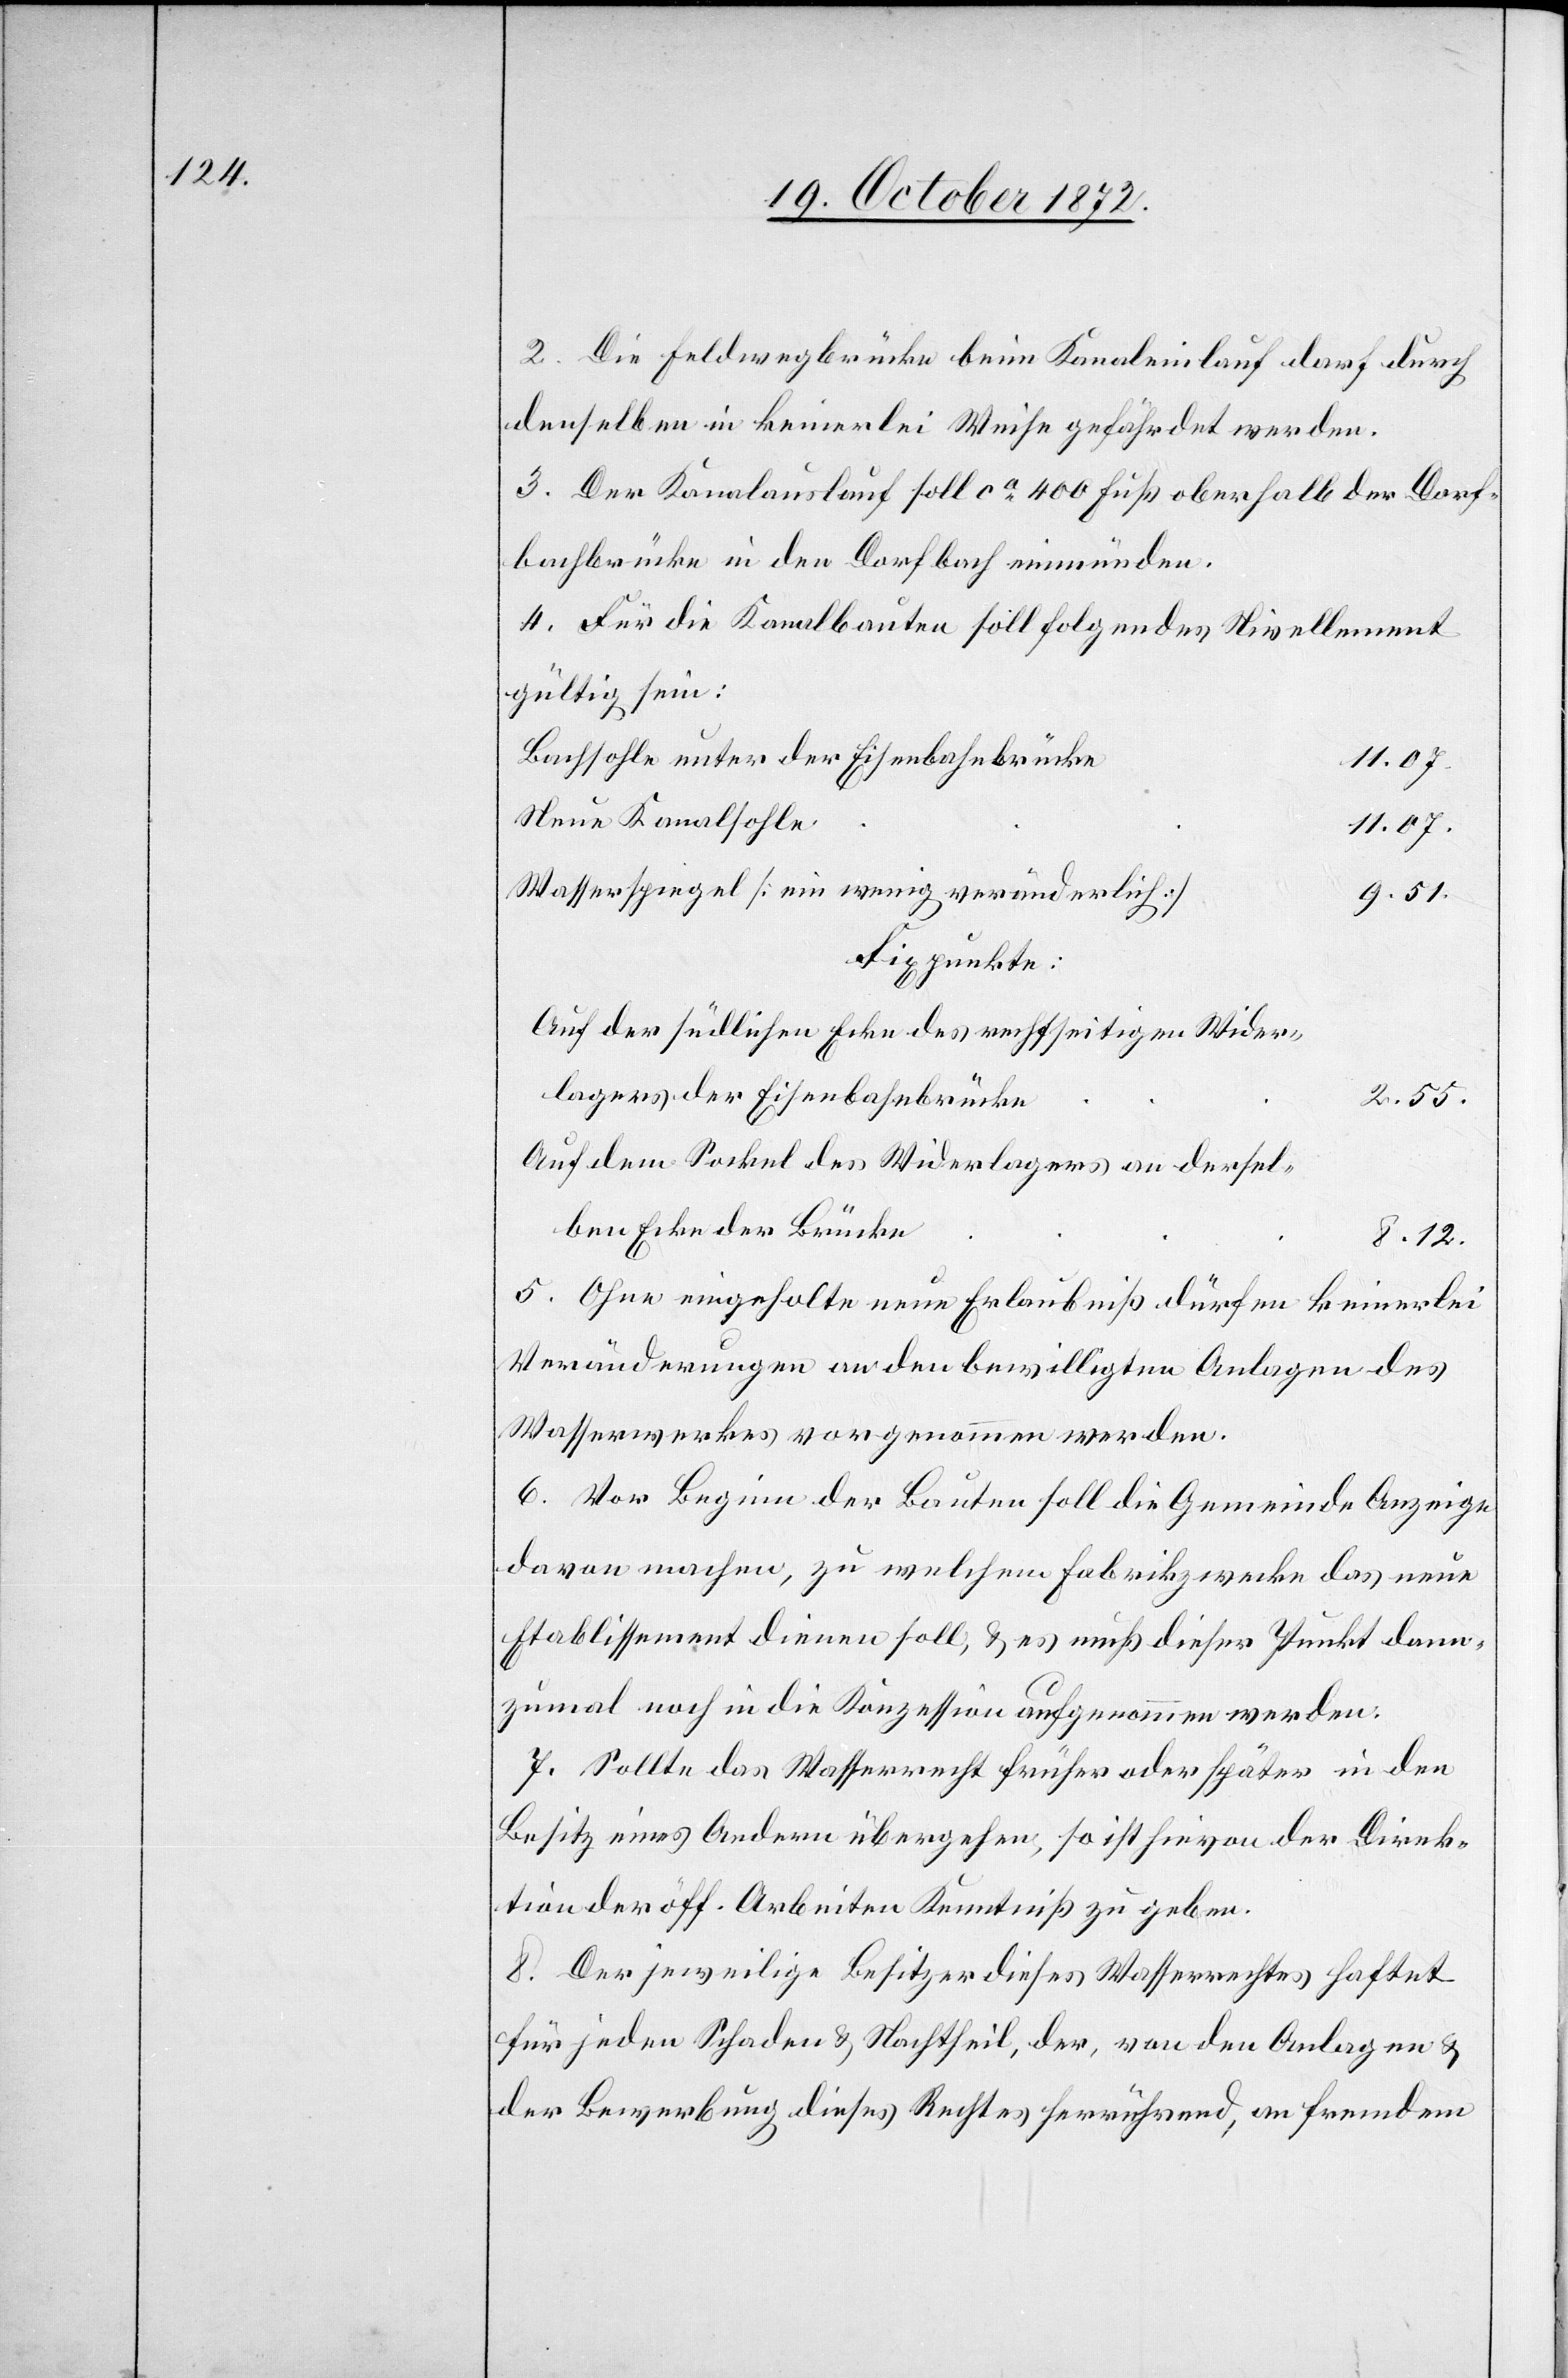
2. Die Feldwegbrücke beim Kanaleinlauf darf durch
denselben in keinerlei Weise gefährdet werden.
3. Der Kanalauslauf soll ca 400 Fuß oberhalb der Dorf¬
bachbrücke in den Dorfbach einmünden.
4. Für die Kanalbauten soll folgendes Nivellement
gültig sein:
Bachsohle unter der Eisenbahnbrücke
11.07.
Neue Kanalsohle
11.07.
Wasserspiegel [ein wenig veränderlich]
9.51.
Fixpunkte:
Auf der südlichen Ecke des rechtseitigen Wider¬
lagers der Eisenbahnbrücke
2.55.
Auf dem Sockel des Widerlagers an dersel¬
ben Ecke der Brücke
8.12.
5. Ohne eingeholte neue Erlaubniß dürfen keinerlei
Veränderungen an den bewilligten Anlagen des
Wasserwerkes vorgenommen werden.
6. Vor Beginn der Bauten soll die Gemeinde Anzeige
davon machen, zu welchem Fabrikwerke das neue
Etablissement dienen soll, u. es muß dieser Punkt dann¬
zumal noch in die Konzession aufgenommen werden.
7. Sollte das Wasserrecht früher oder später in den
Besitz eines Andern übergehen, so ist hievon der Direk¬
tion der öff. Arbeiten Kenntniß zu geben.
8. Der jeweilige Besitzer dieses Wasserrechtes haftet
für jeden Schaden u. Nachtheil, der, von den Anlagen u.
der Bewerbung dieses Rechtes herrührend, an fremdem